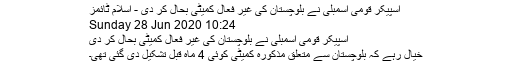
اسپیکر قومی اسمبلی نے بلوچستان کی غیر فعال کمیٹی بحال کر دی - اسلام ٹائمز
Sunday 28 Jun 2020 10:24
اسپیکر قومی اسمبلی نے بلوچستان کی غیر فعال کمیٹی بحال کر دی
خیال رہے کہ بلوچستان سے متعلق مذکورہ کمیٹی کوئی 4 ماہ قبل تشکیل دی گئی تھی۔